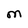
Character: M